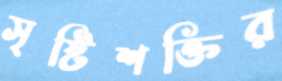
সৃষ্টিশক্তির